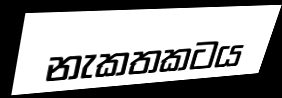
නැකතකටය